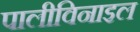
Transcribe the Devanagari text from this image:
पालीविनाइल